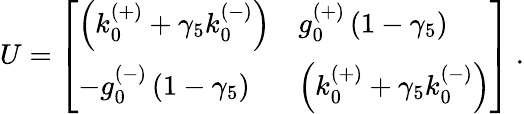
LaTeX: U=\left[\begin{array}{ll}{{\left(k_{0}^{(+)}+{\gamma}_{5}k_{0}^{(-)}\right)}}&{{g_{0}^{(+)}\left(1-{\gamma}_{5}\right)}}\\ {{-g_{0}^{(-)}\left(1-{\gamma}_{5}\right)}}&{{\left(k_{0}^{(+)}+{\gamma}_{5}k_{0}^{(-)}\right)}}\end{array}\right]\ .